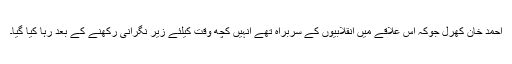
احمد خان کھرل جوکہ اس علاقے میں انقلابیوں کے سربراہ تھے انہیں کچھ وقت کیلئے زیر نگرانی رکھنے کے بعد رہا کیا گیا۔